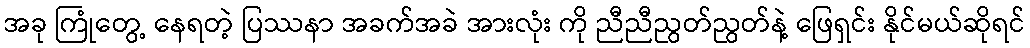
အခု ကြုံတွေ့ နေရတဲ့ ပြဿနာ အခက်အခဲ အားလုံး ကို ညီညီညွတ်ညွတ်နဲ့ ဖြေရှင်း နိုင်မယ်ဆိုရင်